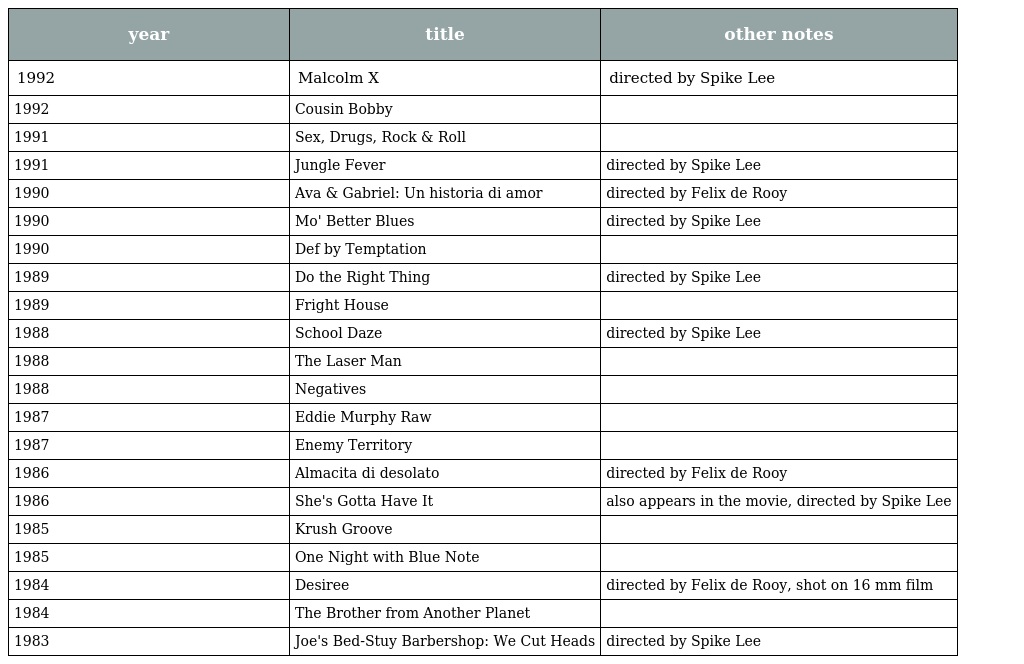
| year | title | other notes |
 | --- | --- | --- |
 | 1992 | Malcolm X | directed by Spike Lee |
 | 1992 | Cousin Bobby |  |
 | 1991 | Sex, Drugs, Rock & Roll |  |
 | 1991 | Jungle Fever | directed by Spike Lee |
 | 1990 | Ava & Gabriel: Un historia di amor | directed by Felix de Rooy |
 | 1990 | Mo' Better Blues | directed by Spike Lee |
 | 1990 | Def by Temptation |  |
 | 1989 | Do the Right Thing | directed by Spike Lee |
 | 1989 | Fright House |  |
 | 1988 | School Daze | directed by Spike Lee |
 | 1988 | The Laser Man |  |
 | 1988 | Negatives |  |
 | 1987 | Eddie Murphy Raw |  |
 | 1987 | Enemy Territory |  |
 | 1986 | Almacita di desolato | directed by Felix de Rooy |
 | 1986 | She's Gotta Have It | also appears in the movie, directed by Spike Lee |
 | 1985 | Krush Groove |  |
 | 1985 | One Night with Blue Note |  |
 | 1984 | Desiree | directed by Felix de Rooy, shot on 16 mm film |
 | 1984 | The Brother from Another Planet |  |
 | 1983 | Joe's Bed-Stuy Barbershop: We Cut Heads | directed by Spike Lee |